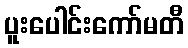
ပူးပေါင်းကော်မတီ